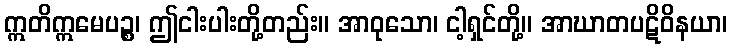
ဣတိဣမေပဉ္စ၊ ဤငါးပါးတို့တည်း။ အာဝုသော၊ ငါ့ရှင်တို့။ အာဃာတပဋိဝိနယာ၊